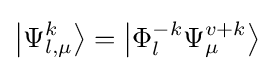
\left|\Psi _{l,\mu }^{k}\right\rangle =\left|\Phi _{l}^{-k}\Psi _{\mu }^{v+k}\right\rangle